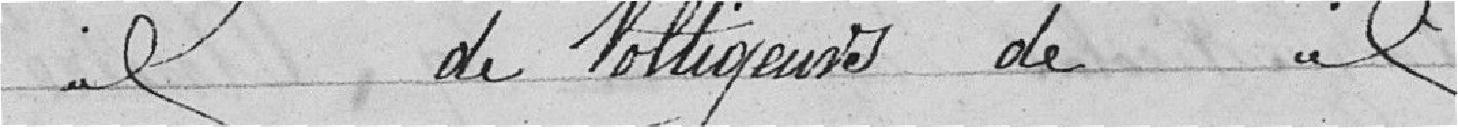
de voltigeurs de